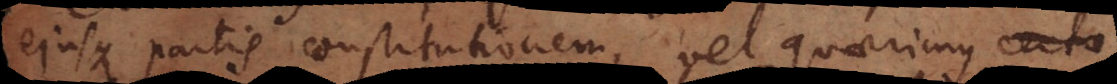
ejusque partis constitutionem, vel quaerimus certa